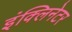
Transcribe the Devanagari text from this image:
इंक्लिनेटर